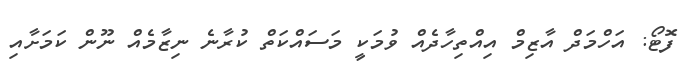
ފޮޓޯ: އަހްމަދް އާޒިމް އިއްތިހާދެއް ވުމަކީ މަސައްކަތް ކުރާނެ ނިޒާމެއް ނޫން ކަމަށާއި